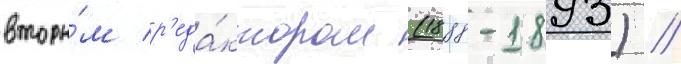
вторы́м р'еда́ктором (1888-1893) //